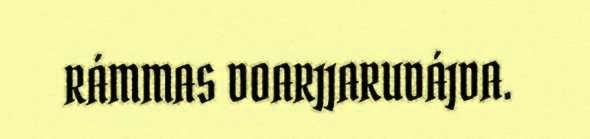
RÁMMAS DOARJJARUDÁJDA.